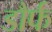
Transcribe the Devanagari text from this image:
डौर्फ